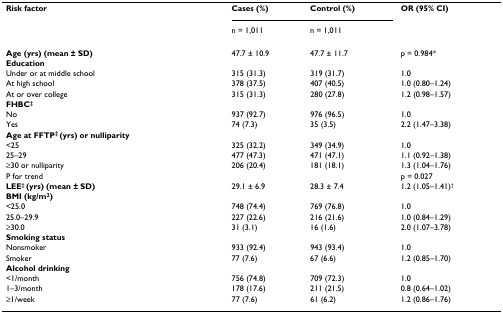
| Risk factor | Cases (%) | Control (%) | OR (95% CI) |
 |  | n = 1,011 | n = 1,011 |  |
 | --- | --- | --- | --- |
 | Age (yrs) (mean ± SD) | 47.7 ± 10.9 | 47.7 ± 11.7 | p = 0.984* |
 | Education |  |  |  |
 | Under or at middle school | 315 (31.3) | 319 (31.7) | 1.0 |
 | At high school | 378 (37.5) | 407 (40.5) | 1.0 (0.80–1.24) |
 | At or over college | 315 (31.3) | 280 (27.8) | 1.2 (0.98–1.57) |
 | FHBC‡ |  |  |  |
 | No | 937 (92.7) | 976 (96.5) | 1.0 |
 | Yes | 74 (7.3) | 35 (3.5) | 2.2 (1.47–3.38) |
 | Age at FFTP‡ (yrs) or nulliparity |  |  |  |
 | <25 | 325 (32.2) | 349 (34.9) | 1.0 |
 | 25–29 | 477 (47.3) | 471 (47.1) | 1.1 (0.92–1.38) |
 | ≥30 or nulliparity | 206 (20.4) | 181 (18.1) | 1.3 (1.04–1.76) |
 | P for trend |  |  | p = 0.027 |
 | LEE‡ (yrs) (mean ± SD) | 29.1 ± 6.9 | 28.3 ± 7.4 | 1.2 (1.05–1.41)† |
 | BMI (kg/m2) |  |  |  |
 | <25.0 | 748 (74.4) | 769 (76.8) | 1.0 |
 | 25.0–29.9 | 227 (22.6) | 216 (21.6) | 1.0 (0.84–1.29) |
 | ≥30.0 | 31 (3.1) | 16 (1.6) | 2.0 (1.07–3.78) |
 | Smoking status |  |  |  |
 | Nonsmoker | 933 (92.4) | 943 (93.4) | 1.0 |
 | Smoker | 77 (7.6) | 67 (6.6) | 1.2 (0.85–1.70) |
 | Alcohol drinking |  |  |  |
 | <1/month | 756 (74.8) | 709 (72.3) | 1.0 |
 | 1–3/month | 178 (17.6) | 211 (21.5) | 0.8 (0.64–1.02) |
 | ≥1/week | 77 (7.6) | 61 (6.2) | 1.2 (0.86–1.76) |